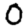
Digit: 0